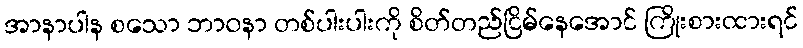
အာနာပါန စသော ဘာဝနာ တစ်ပါးပါးကို စိတ်တည်ငြိမ်နေအောင် ကြိုးစားထားရင်